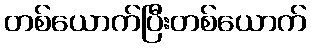
တစ်ယောက်ပြီးတစ်ယောက်